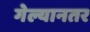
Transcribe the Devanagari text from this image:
गेल्यानतर